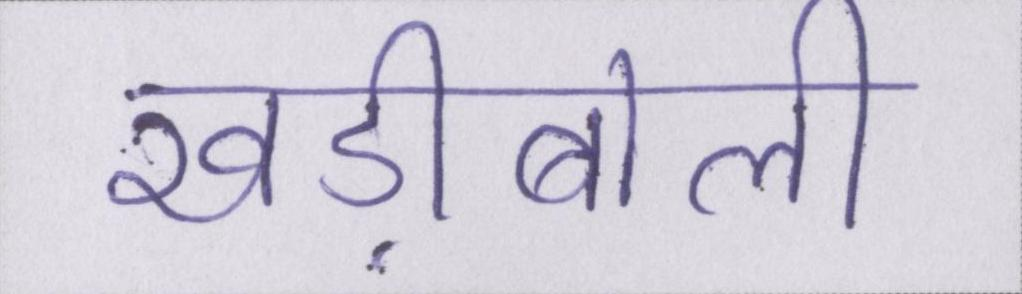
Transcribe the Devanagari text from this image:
खड़ीबोली